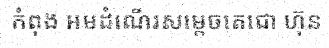
កំពុង អមដំណើរសម្តេចតេជោ ហ៊ុន